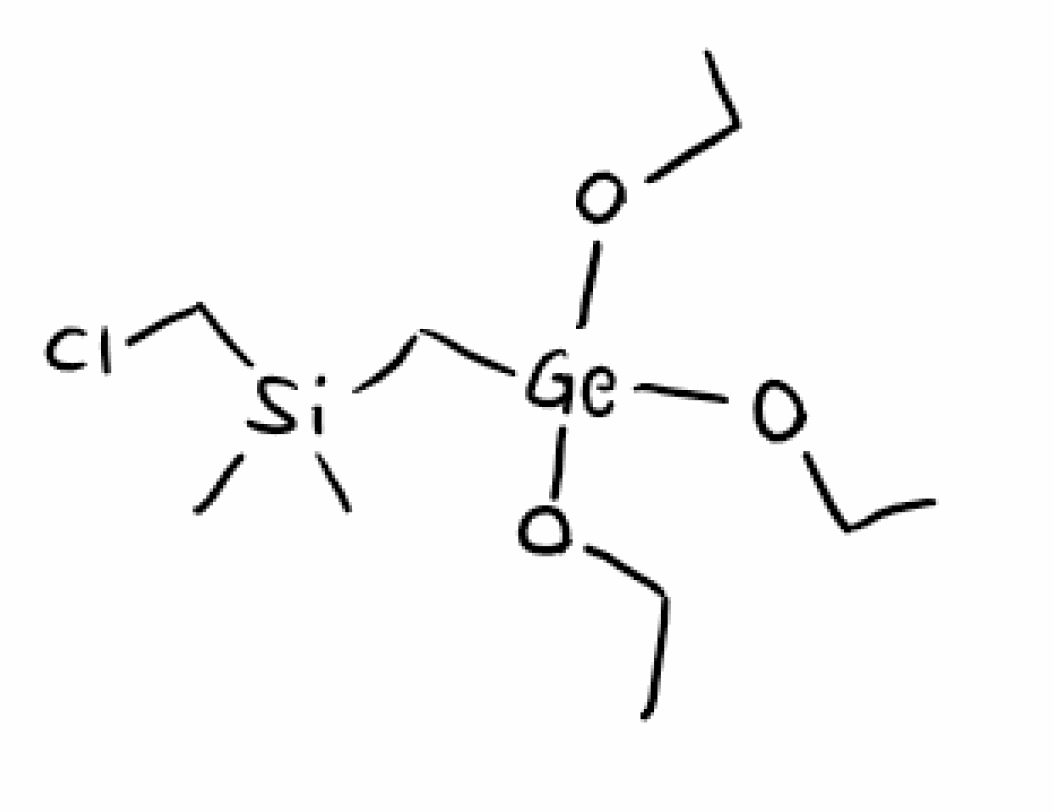
Simplified molecular-input line-entry system (SMILES) notation of the given molecule:
CCO[Ge](C[Si](C)(C)CCl)(OCC)OCC